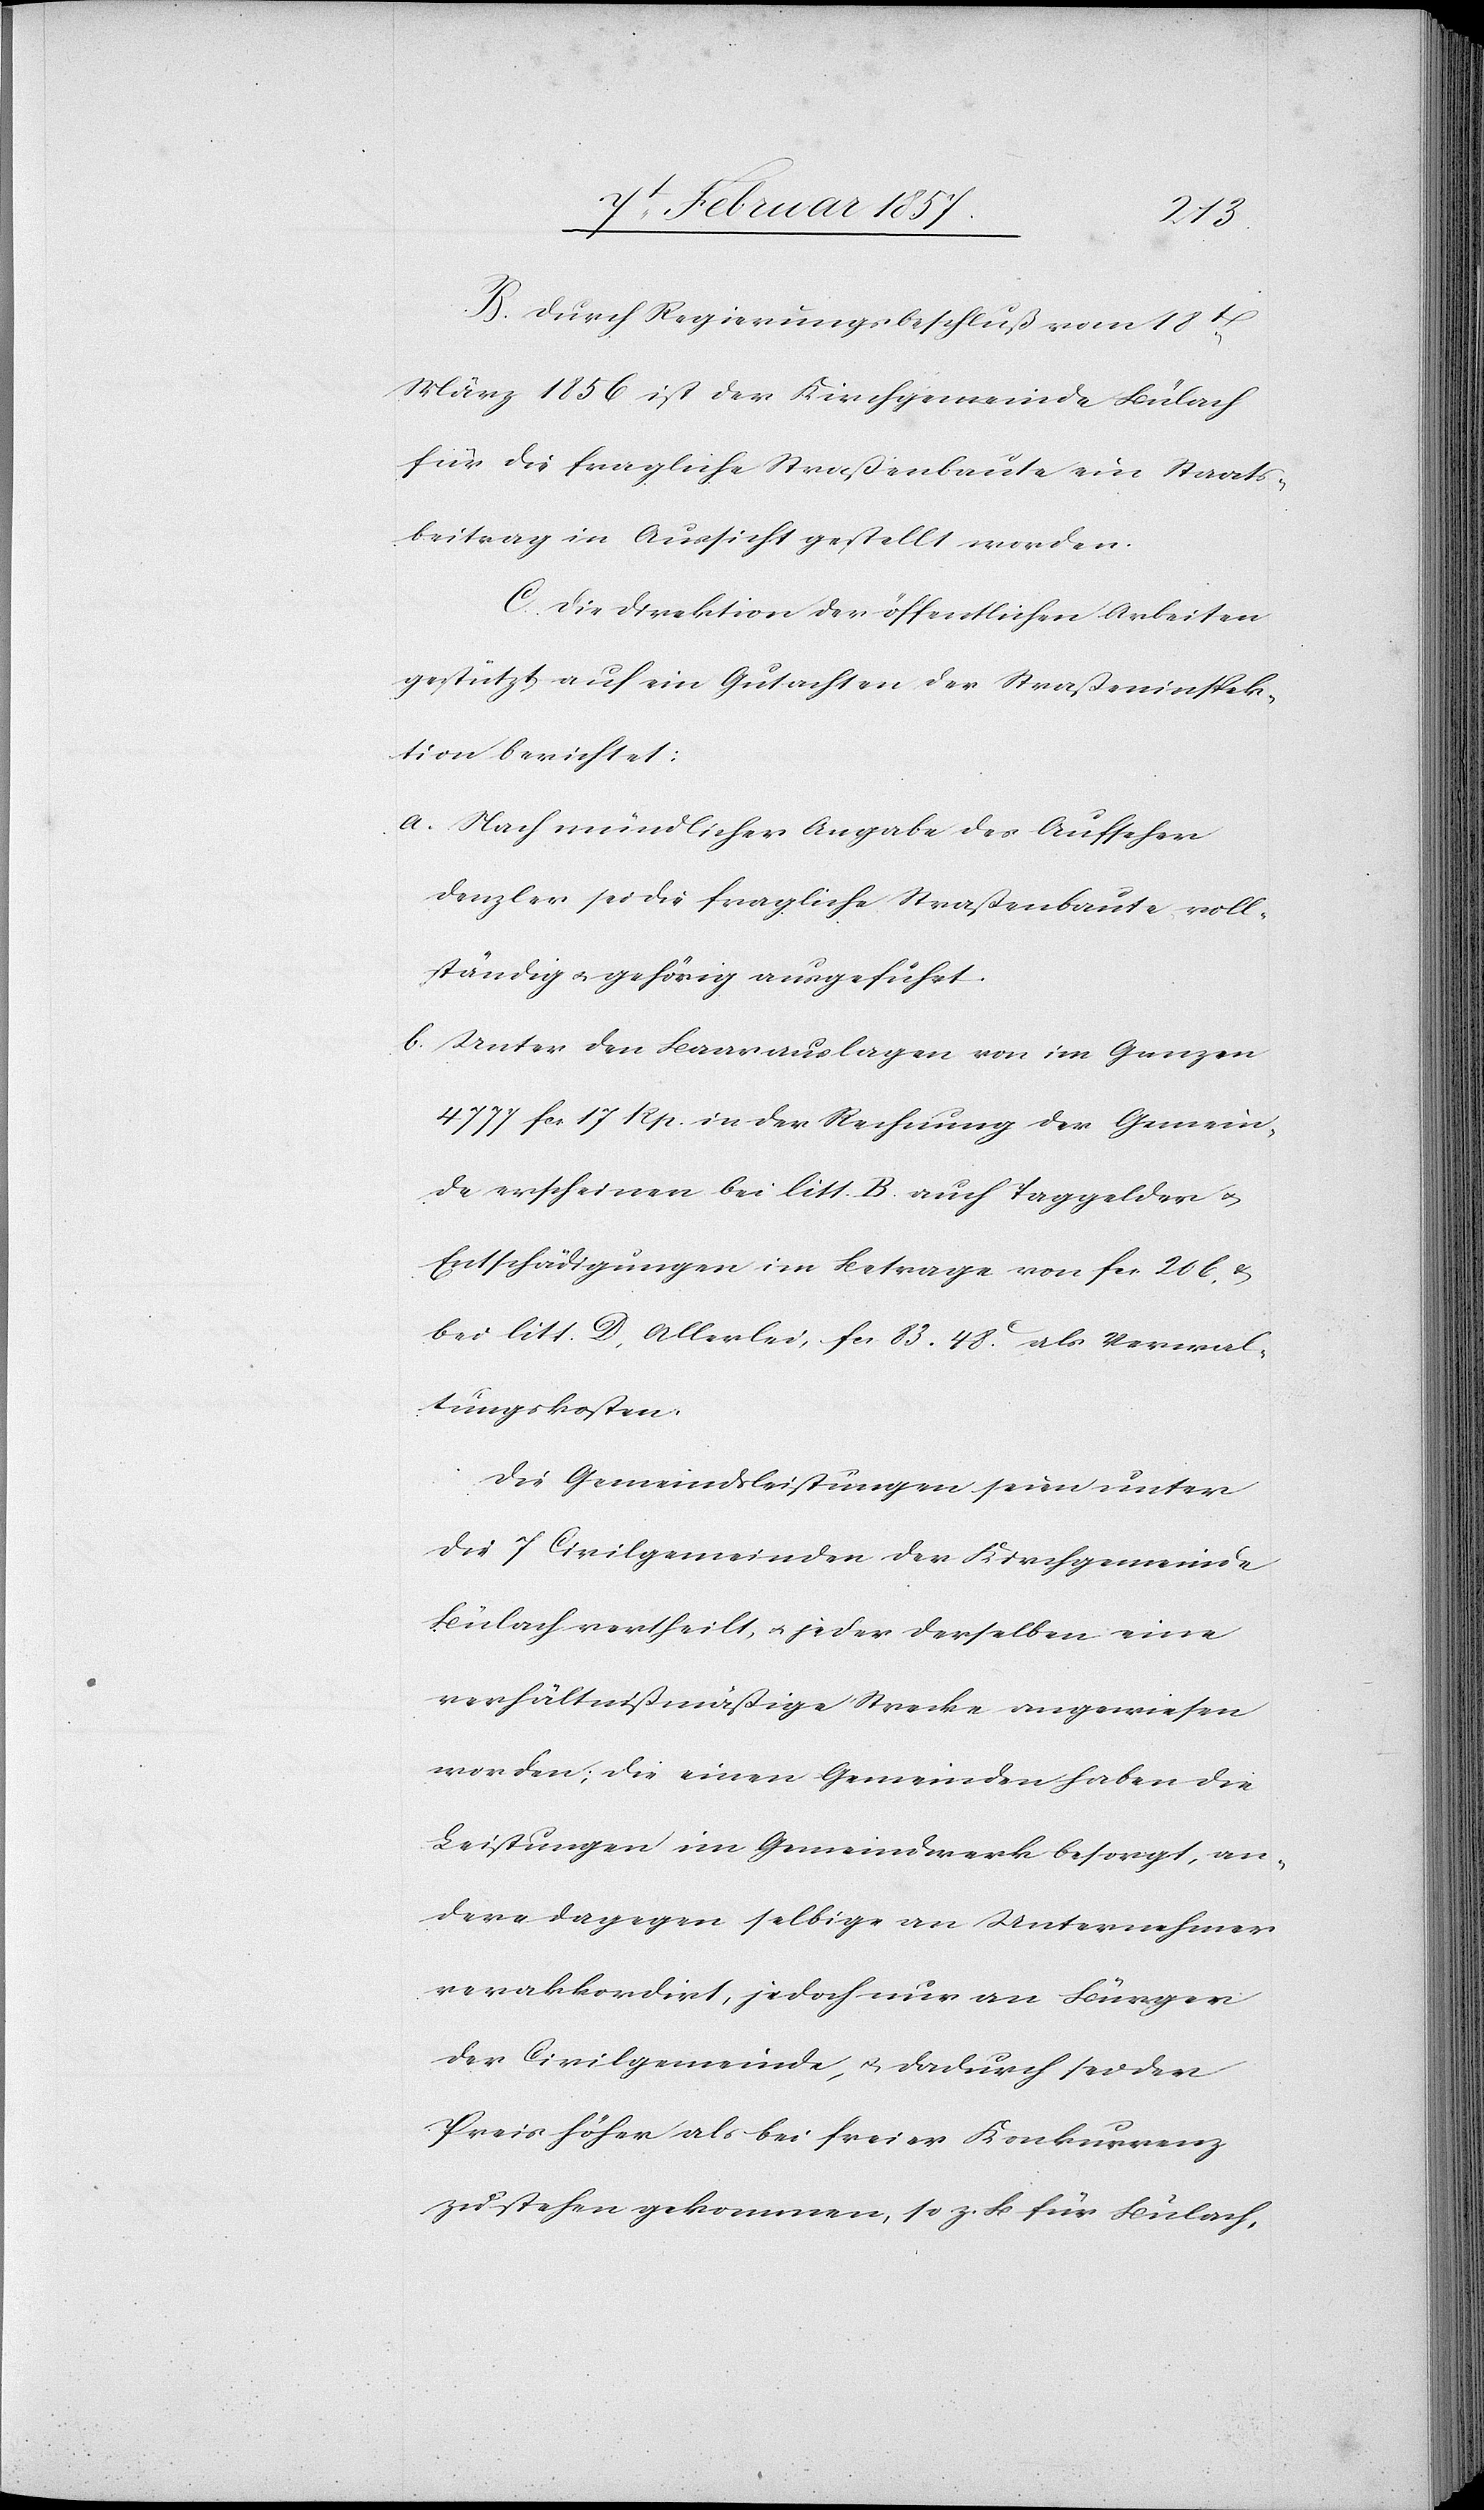
B. Durch Regierungsbeschluß vom 18t
März 1856 ist der Kirchgemeinde Bülach
für die fragliche Straßenbaute ein Staats¬
beitrag in Aussicht gestellt worden.
C. Die Direktion der öffentlichen Arbeiten
gestützt auf ein Gutachten der Straßeninspek¬
tion berichtet:
a. Nach mündlicher Angabe des Aufseher
Denzler sei die fragliche Straßenbaute voll¬
ständig u. gehörig ausgeführt.
b. Unter den Baarauslagen von im Ganzen
4777 fc. 17 Rp. in der Rechnung der Gemein¬
de erscheinen bei litt. B. auf Taggelder u.
Entschädigungen im Betrage von fc. 206 u.
bei litt. D. Allerlei, fc. 83. 48 C als Verwal¬
tungskosten.
Die Gemeindsleistungen seien unter
die 7 Civilgemeinden der Kirchgemeinde
Bülach vertheilt u. jeder derselben eine
verhältnißmäßige Strecke angewiesen
worden; die einen Gemeinden haben die
Leistungen im Gemeindewerk besorgt, an¬
dere dagegen selbige an Unternehmer
verakkordirt, jedoch nur an Bürger
der Civilgemeinde, u. dadurch sei der
Preis höher als bei freier Konkurrenz
zu stehen gekommen, so z. B für Bülach,